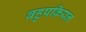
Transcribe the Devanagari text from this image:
बहुप्रक्रियन